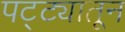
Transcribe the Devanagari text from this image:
पट्ट्यातून